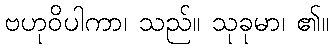
ဗဟုဝိပါကာ၊ သည်။ သုခုမာ၊ ၏။